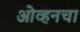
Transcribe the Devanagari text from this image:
ओव्हनचा